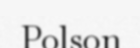
Polson